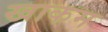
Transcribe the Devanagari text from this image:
खाकम